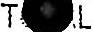
T L